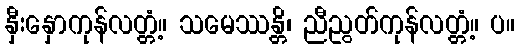
နှီးနှောကုန်လတ္တံ့။ သမေဿန္တိ၊ ညီညွတ်ကုန်လတ္တံ့။ ပ။